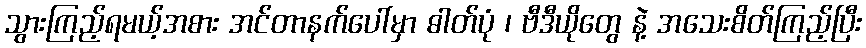
သွားကြည့်ရမယ့်အစား အင်တာနက်ပေါ်မှာ ဓါတ်ပုံ ၊ ဗီဒီယိုတွေ နဲ့ အသေးစိတ်ကြည့်ပြီး